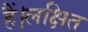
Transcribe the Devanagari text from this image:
हैं।लक्षित